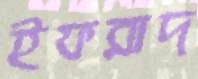
ইফরাদ